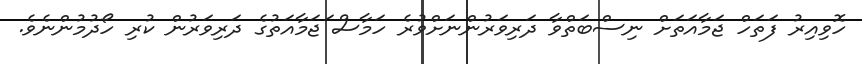
ހޮވިއިރު ފަތަހް ޖަމާއަތަށް ނިސްބަތްވާ ދަރިވަރުންނަށްވުރެ ހަމާސް ަޖަމާއަތުގެ ދަރިވަރުން ކުރި ހޯދުމުންނެވެ.